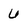
Character: 6